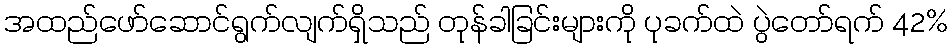
အထည်ဖော်ဆောင်ရွက်လျက်ရှိသည် တုန်ခါခြင်းများကို ပုခက်ထဲ ပွဲတော်ရက် 42%